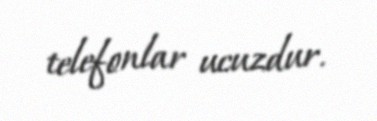
telefonlar ucuzdur.